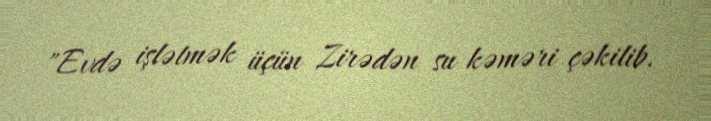
"Evdə işlətmək üçün Zirədən su kəməri çəkilib.